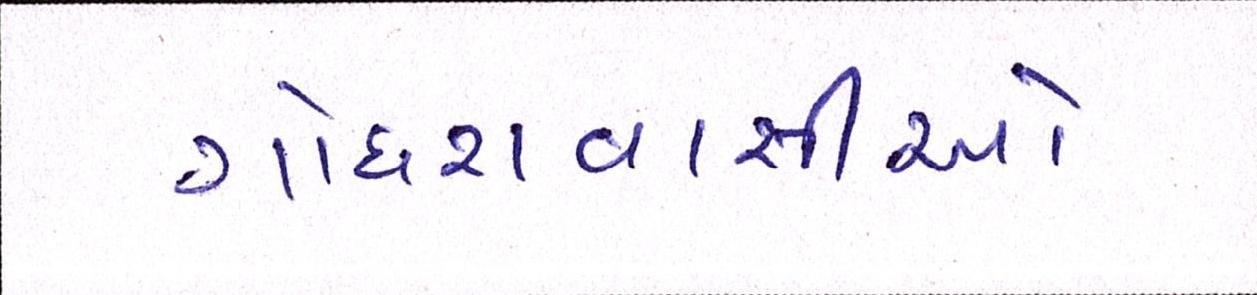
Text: ગોધરાવાસીઓ